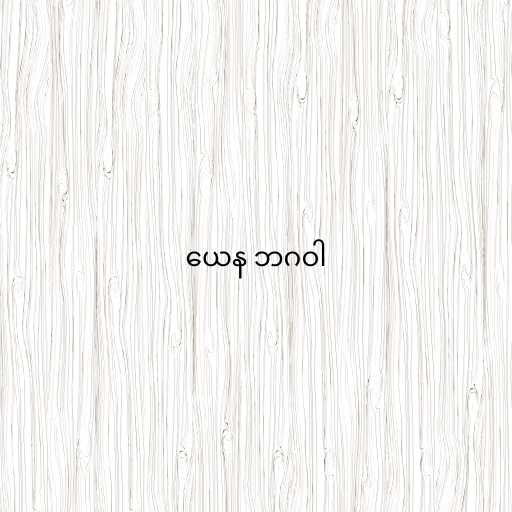
ယေန ဘဂဝါ